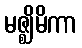
မဇ္ဈိမိကာ